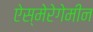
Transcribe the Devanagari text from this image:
ऐस्मेरेगेमीन